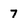
Character: 7